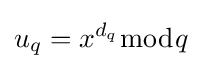
u_{q}=x^{d_{q}}{\bmod {q}}